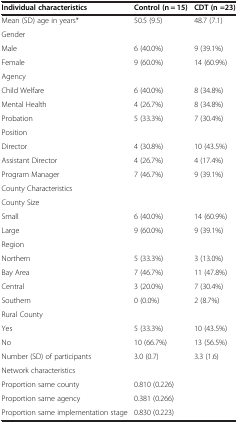
<table><thead><tr><td><b>Individual characteristics</b></td><td><b>Control (n = 15)</b></td><td><b>CDT (n =23)</b></td></tr></thead><tbody><tr><td>Mean (SD) age in years*</td><td>50.5 (9.5)</td><td>48.7 (7.1)</td></tr><tr><td>Gender</td><td> </td><td> </td></tr><tr><td>Male</td><td>6 (40.0%)</td><td>9 (39.1%)</td></tr><tr><td>Female</td><td>9 (60.0%)</td><td>14 (60.9%)</td></tr><tr><td>Agency</td><td> </td><td> </td></tr><tr><td>Child Welfare</td><td>6 (40.0%)</td><td>8 (34.8%)</td></tr><tr><td>Mental Health</td><td>4 (26.7%)</td><td>8 (34.8%)</td></tr><tr><td>Probation</td><td>5 (33.3%)</td><td>7 (30.4%)</td></tr><tr><td>Position</td><td> </td><td> </td></tr><tr><td>Director</td><td>4 (30.8%)</td><td>10 (43.5%)</td></tr><tr><td>Assistant Director</td><td>4 (26.7%)</td><td>4 (17.4%)</td></tr><tr><td>Program Manager</td><td>7 (46.7%)</td><td>9 (39.1%)</td></tr><tr><td>County Characteristics</td><td> </td><td> </td></tr><tr><td>County Size</td><td> </td><td> </td></tr><tr><td>Small</td><td>6 (40.0%)</td><td>14 (60.9%)</td></tr><tr><td>Large</td><td>9 (60.0%)</td><td>9 (39.1%)</td></tr><tr><td>Region</td><td> </td><td> </td></tr><tr><td>Northern</td><td>5 (33.3%)</td><td>3 (13.0%)</td></tr><tr><td>Bay Area</td><td>7 (46.7%)</td><td>11 (47.8%)</td></tr><tr><td>Central</td><td>3 (20.0%)</td><td>7 (30.4%)</td></tr><tr><td>Southern</td><td>0 (0.0%)</td><td>2 (8.7%)</td></tr><tr><td>Rural County</td><td> </td><td> </td></tr><tr><td>Yes</td><td>5 (33.3%)</td><td>10 (43.5%)</td></tr><tr><td>No</td><td>10 (66.7%)</td><td>13 (56.5%)</td></tr><tr><td>Number (SD) of participants</td><td>3.0 (0.7)</td><td>3.3 (1.6)</td></tr><tr><td>Network characteristics</td><td> </td><td> </td></tr><tr><td>Proportion same county</td><td>0.810 (0.226)</td><td> </td></tr><tr><td>Proportion same agency</td><td>0.381 (0.266)</td><td> </td></tr><tr><td>Proportion same implementation stage</td><td>0.830 (0.223)</td><td> </td></tr></tbody></table>